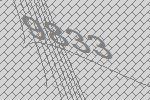
9833